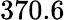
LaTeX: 370.6